Trukikaitis_Postimees, lk 41
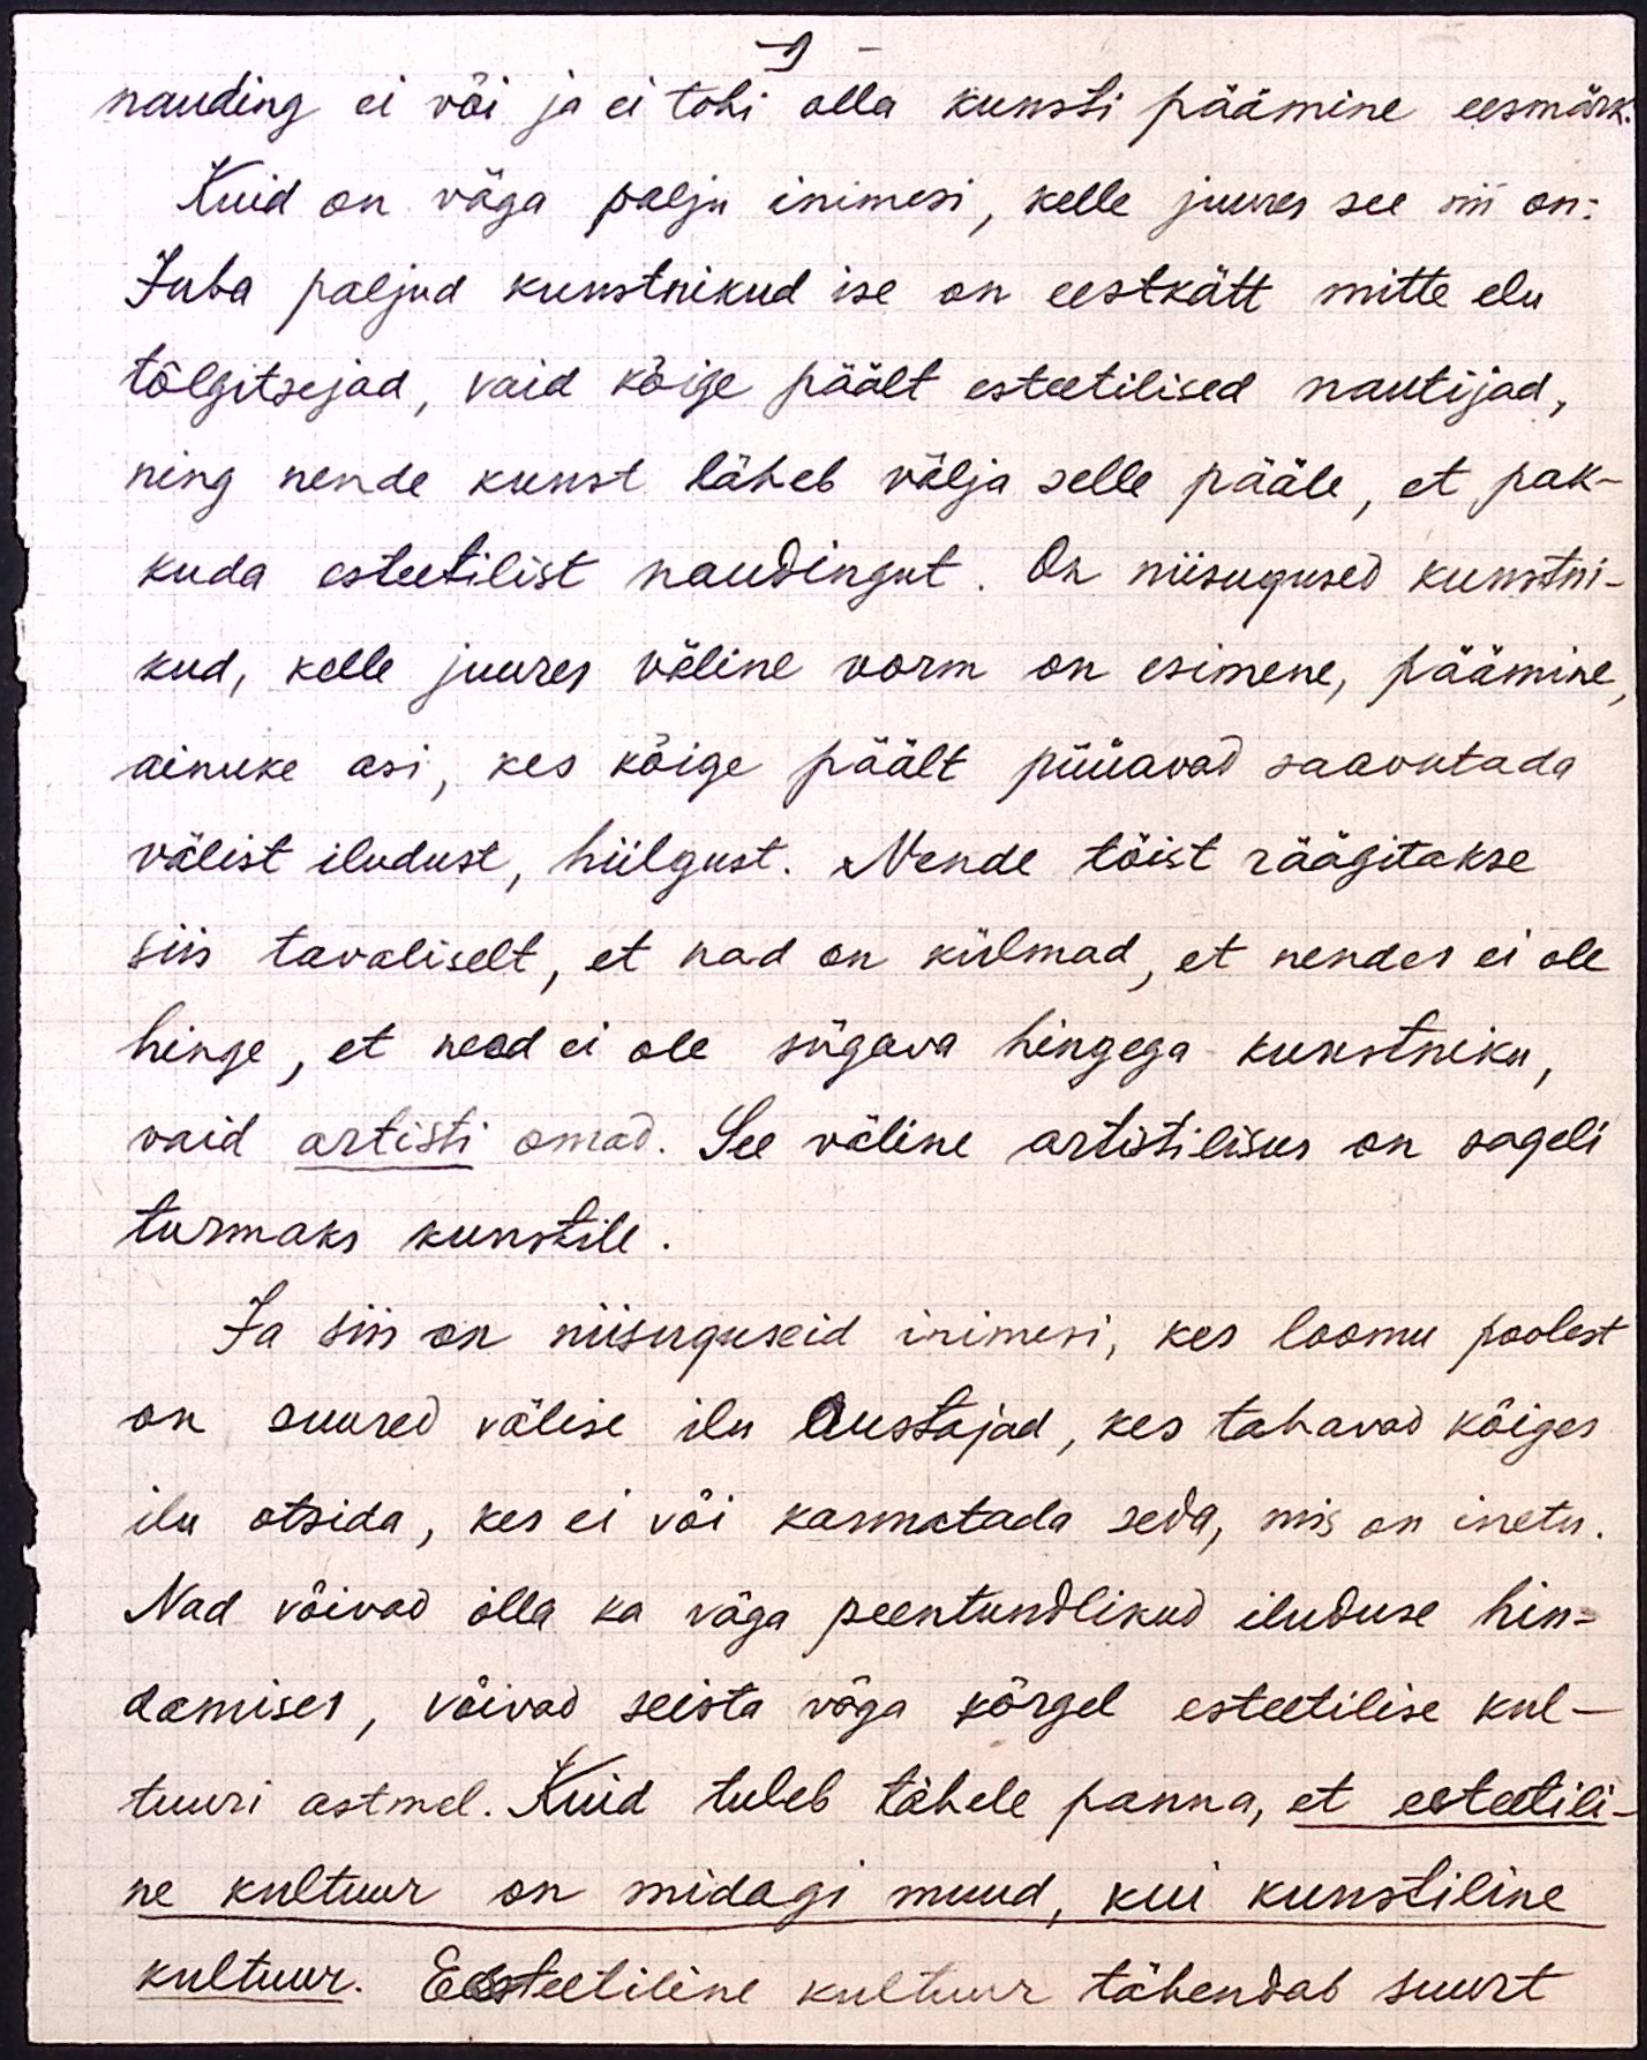
- 9 -
nauding ei või ja ei tohi olla kunsti päämine eesmärk.
Kuid on väga palju inimesi, kelle juures see nii on:
Juba paljud kunstnikud ise on eestkätt mitte elu
tõlgitsejad, vaid kõige päält esteetilised nautijad,
ning nende kunst läheb välja selle pääle, et pak-
kuda esteetilist naudingut. On niisugused kunstni-
kud, kelle juures väline vorm on esimene, päämine,
ainuke asi, kes kõige päält püüavad saavutada
välist iludust, hiilgust. Nende töist räägitakse
siis tavaliselt, et nad on külmad, et nendes ei ole
hinge, et need ei ole sügava hingega kunstniku,
vaid artisti omad. See väline artistilisus on sageli
turmaks kunstile.
Ja siis on niisuguseid inimesi, kes loomu poolest
on suured välise ilu austajad, kes tahavad kõiges
ilu otsida, kes ei või kannatada seda, mis on inetu.
Nad võivad olla ka väga peentundlikud iluduse hin-
damises, võivad seista väga kõrgel esteetilise kul-
tuuri astmel. Kuid tuleb tähele panna, et esteetili-
ne kultuur on midagi muud, kui kunstiline
kultuur. Esteetiline kultuur tähendab suurt